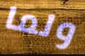
ولما